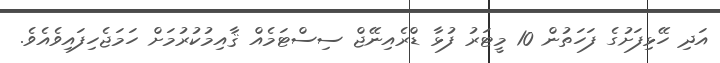
އަދި ހޭޅިފަށުގެ ފަހަތުން 10 މީޓަރު ފުޅާ ޑްރެއިނޭޖް ސިސްޓަމެއް ޤާއިމުކުރުމަށް ހަމަޖެހިފައިވެއެވެ.